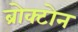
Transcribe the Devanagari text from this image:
ब्रोक्टोन